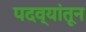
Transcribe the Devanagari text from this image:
पदव्यांतून